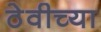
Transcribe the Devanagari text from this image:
ठेवीच्या